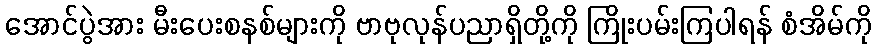
အောင်ပွဲအား မီးပေးစနစ်များကို ဗာဗုလုန်ပညာရှိတို့ကို ကြိုးပမ်းကြပါရန် စံအိမ်ကို